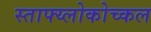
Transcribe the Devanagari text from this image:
स्ताफ्य्लोकोच्कल